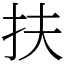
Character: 扶